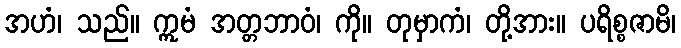
အဟံ၊ သည်။ ဣမံ အတ္တဘာဝံ၊ ကို။ တုမှာကံ၊ တို့အား။ ပရိစ္စဇာမိ၊